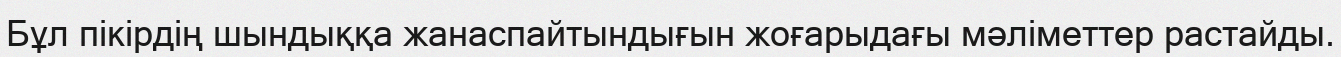
Бұл пікірдің шындыққа жанаспайтындығын жоғарыдағы мәліметтер растайды.